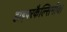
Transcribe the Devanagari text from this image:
हाइपरकैल्सिमीया